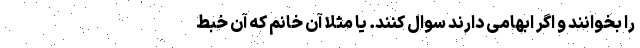
را بخوانند و اگر ابهامی دارند سوال کنند. یا مثلا آن خانم که آن خبط